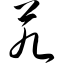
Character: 艽